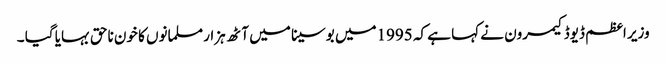
وزیر اعظم ڈیوڈ کیمرون نے کہا ہے کہ 1995میں بوسینا میں آٹھ ہزار مسلمانوں کا خون ناحق بہایا گیا ۔